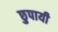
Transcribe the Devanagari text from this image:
छुपायी